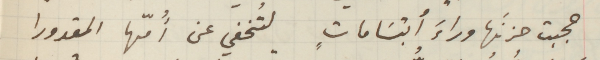
حجبت حزنَها وراءَ أبتسَاماتٍ لتُخفي عن أُمّها المقدورا